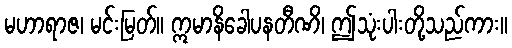
မဟာရာဇ၊ မင်းမြတ်။ ဣမာနိခေါပနတီဏိ၊ ဤသုံးပါးတို့သည်ကား။